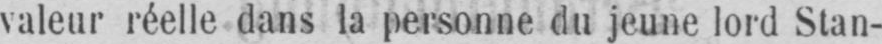
valeur réelle dans la personne du jeune lord Stan-